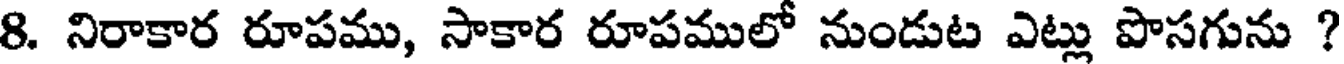
8. నిరాకార రూపము, సాకార రూపములో నుండుట ఎట్లు పొసగును ?